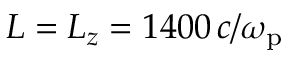
L = L _ { z } = 1 4 0 0 \, c / \omega _ { \mathrm { p } }